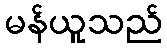
မန်ယူသည်